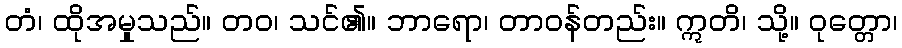
တံ၊ ထိုအမှုသည်။ တဝ၊ သင်၏။ ဘာရော၊ တာဝန်တည်း။ ဣတိ၊ သို့။ ဝုတ္တော၊